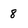
Character: 8